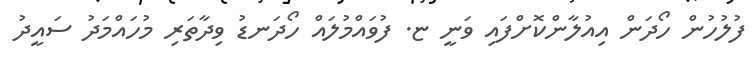
ފުލުހުން ހޯދަން އިއުލާންކޮށްފައި ވަނީ ޏ. ފުވައްމުލައް ހޯދަނޑު ވިދާތަރި މުހައްމަދު ސައީދު